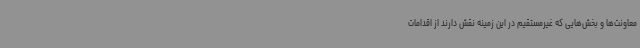
معاونت‌ها و بخش‌هایی که غیرمستقیم در این زمینه نقش دارند از اقدامات